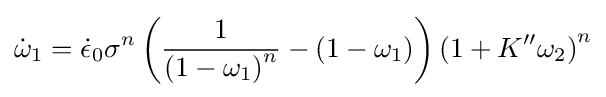
{\dot {\omega }}_{1}={\dot {\epsilon }}_{0}\sigma ^{n}\left({\frac {1}{\left(1-\omega _{1}\right)^{n}}}-\left(1-\omega _{1}\right)\right)\left(1+K^{\prime \prime }\omega _{2}\right)^{n}